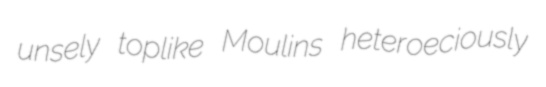
unsely toplike Moulins heteroeciously